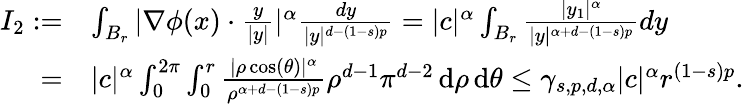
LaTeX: \begin{array}{rl}{I_{2}:=}&{\int_{B_{r}}|\nabla\phi(x)\cdot\frac{y}{|y|}|^{\alpha}\frac{dy}{|y|^{d-(1-s)p}}=|c|^{\alpha}\int_{B_{r}}\frac{|y_{1}|^{\alpha}}{|y|^{\alpha+d-(1-s)p}}dy}\\ {=}&{|c|^{\alpha}\int_{0}^{2\pi}\int_{0}^{r}\frac{|\rho\cos(\theta)|^{\alpha}}{\rho^{\alpha+d-(1-s)p}}\rho^{d-1}\pi^{d-2}\, \mathrm{d}\rho\, \mathrm{d}\theta\leq\gamma_{s,p,d,\alpha}|c|^{\alpha}r^{(1-s)p}.}\end{array}